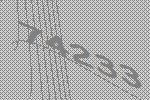
74233